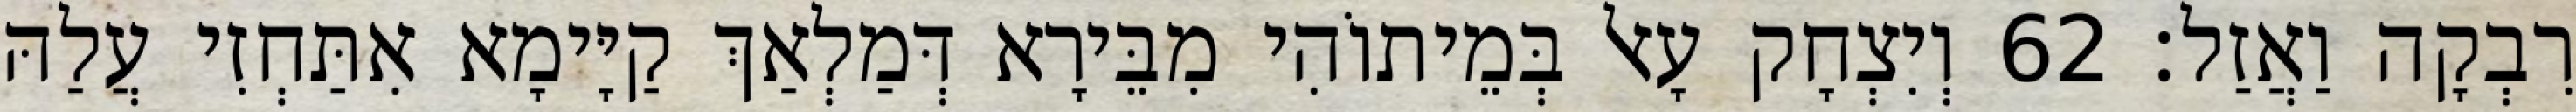
רִבְקָה וַאֲזַל׃ 62 וְיִצְחָק עָאל בְּמֵיתוֹהִי מִבֵּירָא דְּמַלְאַךְ קַיָּימָא אִתַּחְזִי עֲלַהּ